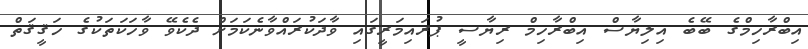
އިބްރާހިމްގެ ބޭބެ އިލިޔާސް އިބްރާހިމް ރިޔާސީ ޕުރައިމަރީގައި ވާދަކުރައްވާނެކަމަށް ދެކެވޭ ވާހަކަތަކުގެ ހަޤީޤަތް